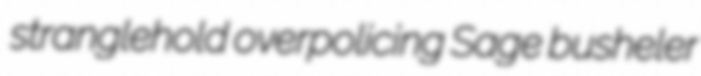
stranglehold overpolicing Sage busheler